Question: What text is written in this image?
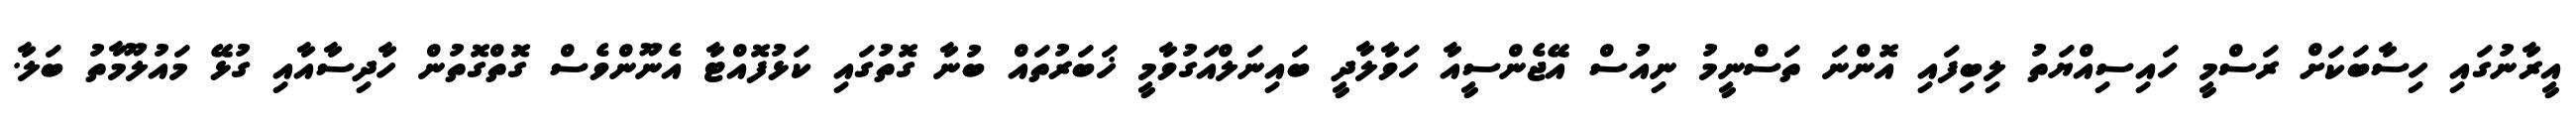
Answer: އީރާނުގައި ހިސާބަކަށް ރަސްމީ ހައިސިއްޔަތު ލިބިފައި އޮންނަ ތަސްނީމު ނިއުސް އޭޖެންސީއާ ހަވާލާދީ ބައިނަލްއަގުވާމީ ޚަބަރުތައް ބުނާ ގޮތުގައި ކަޅުފޮއްޓާ އެނޫންވެސް ގޮތްގޮތުން ހާދިސާއާއި ގުޅޭ މައުލޫމާތު ބަލާ.